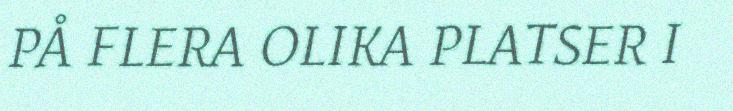
PÅ FLERA OLIKA PLATSER I